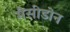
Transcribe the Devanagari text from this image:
मैसीडोन